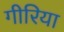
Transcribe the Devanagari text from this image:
गीरिया